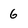
Character: 6